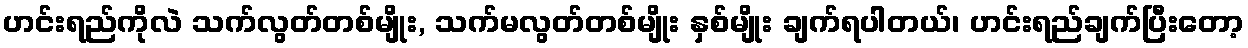
ဟင်းရည်ကိုလဲ သက်လွတ်တစ်မျိုး, သက်မလွတ်တစ်မျိုး နှစ်မျိုး ချက်ရပါတယ်၊ ဟင်းရည်ချက်ပြီးတော့